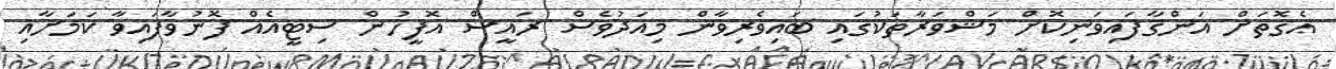
އެގޮތަށް އަންގާފައިވަނިކޮށް މަޝްވަރާތަކުގައި ބައިވެރިވާން މިއަދުވެސް ރައީސް އޮފީހުން ސިޓީއެއް ފޮނުވާފައިވާ ކަމަށާއި